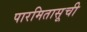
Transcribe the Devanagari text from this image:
पारमितासूची